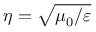
\eta = \sqrt { \mu _ { 0 } / \varepsilon }